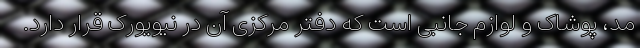
مد، پوشاک و لوازم جانبی است که دفتر مرکزی آن در نیویورک قرار دارد.